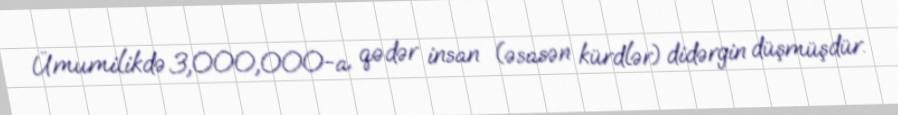
Ümumilikdə 3,000,000-a qədər insan (əsasən kürdlər) didərgin düşmüşdür.